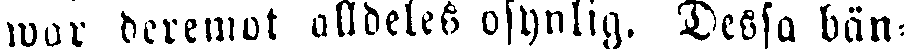
war deremot alldeles osynlig. Dessa bän-